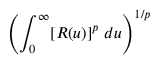
\left( \int _ { 0 } ^ { \infty } [ R ( u ) ] ^ { p } ~ d u \right) ^ { 1 / p }